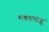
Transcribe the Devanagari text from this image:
मकरमंजू